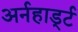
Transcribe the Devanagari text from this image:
अर्नहार्ड्ट